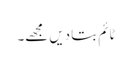
ٹائم بتا دیں مجھے۔